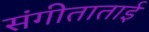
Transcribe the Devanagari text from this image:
संगीताताई